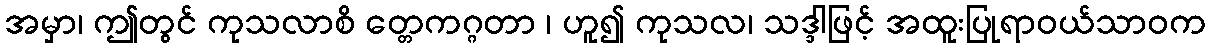
အမှာ၊ ဤတွင် ကုသလာစိ တ္တေကဂ္ဂတာ ၊ ဟူ၍ ကုသလ၊ သဒ္ဒါဖြင့် အထူးပြုရာဝယ်သာဝက